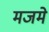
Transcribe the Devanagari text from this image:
मजमे